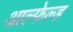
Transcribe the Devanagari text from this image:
आल्फेल्ड